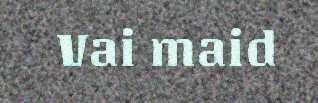
Vai maid